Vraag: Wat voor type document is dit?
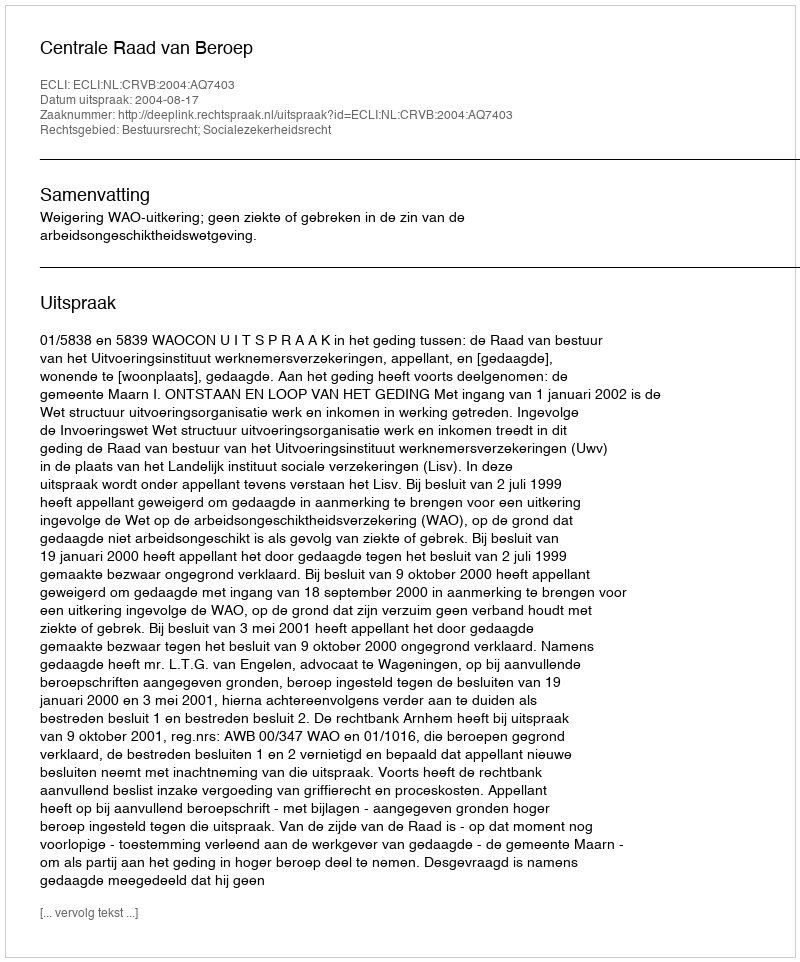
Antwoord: Uitspraak